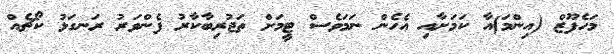
މަހެފޫޒް (އިންމަ)އާ ކަމަށާއި އެހެން ނަމަވެސް ޓީމަށް ތަޖުރިބާކާރު ފެންވަރު ރަނގަޅު ކޯޗެއް